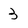
Character: 3